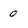
Character: 0